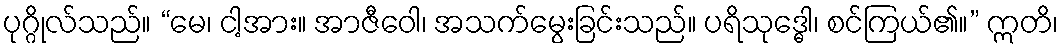
ပုဂ္ဂိုလ်သည်။ “မေ၊ ငါ့အား။ အာဇီဝေါ၊ အသက်မွေးခြင်းသည်။ ပရိသုဒ္ဓေါ၊ စင်ကြယ်၏။” ဣတိ၊